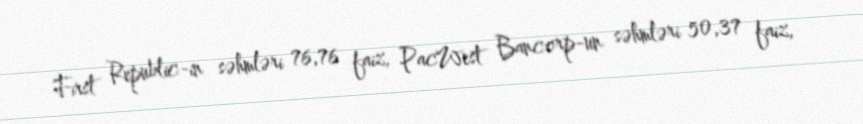
First Republic-in səhmləri 76,76 faiz, PacWest Bancorp-un səhmləri 50,37 faiz,